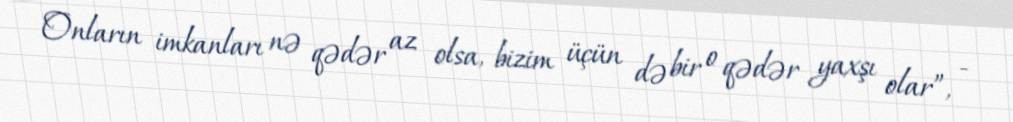
Onların imkanları nə qədər az olsa, bizim üçün də bir o qədər yaxşı olar”, -